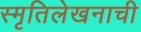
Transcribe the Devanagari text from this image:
स्मृतिलेखनाची